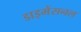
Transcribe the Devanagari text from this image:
डाइमेंसनल